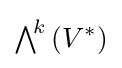
{\textstyle \bigwedge }^{\!k}\left(V^{*}\right)